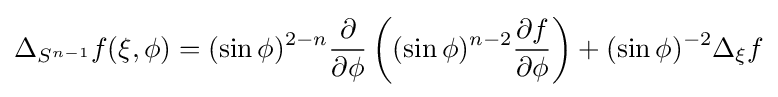
\Delta _{S^{n-1}}f(\xi ,\phi )=(\sin \phi )^{2-n}{\frac {\partial }{\partial \phi }}\left((\sin \phi )^{n-2}{\frac {\partial f}{\partial \phi }}\right)+(\sin \phi )^{-2}\Delta _{\xi }f